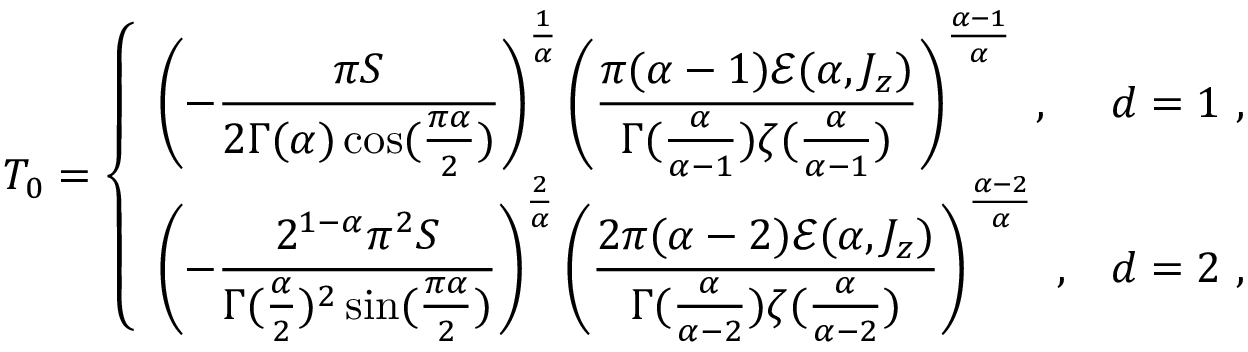
T _ { 0 } = \left\{ \begin{array} { l l } { \left( - { \displaystyle { \frac { \pi S } { 2 \Gamma ( \alpha ) \cos ( \frac { \pi \alpha } { 2 } ) } } } \right) ^ { \frac 1 \alpha } \left( { \displaystyle { \frac { \pi ( \alpha - 1 ) \mathcal E ( \alpha , J _ { z } ) } { \Gamma ( \frac { \alpha } { \alpha - 1 } ) \zeta ( \frac { \alpha } { \alpha - 1 } ) } } } \right) ^ { \frac { \alpha - 1 } { \alpha } } ~ , } & { d = 1 ~ , } \\ { \left( - { \displaystyle { \frac { 2 ^ { 1 - \alpha } \pi ^ { 2 } S } { \Gamma ( \frac \alpha 2 ) ^ { 2 } \sin ( \frac { \pi \alpha } { 2 } ) } } } \right) ^ { \frac 2 \alpha } \left( { \displaystyle { \frac { 2 \pi ( \alpha - 2 ) \mathcal E ( \alpha , J _ { z } ) } { \Gamma ( \frac { \alpha } { \alpha - 2 } ) \zeta ( \frac { \alpha } { \alpha - 2 } ) } } } \right) ^ { \frac { \alpha - 2 } { \alpha } } ~ , } & { d = 2 ~ , } \end{array} \right.